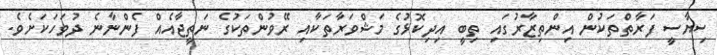
ސިޔާސީ ފަރާތްތަކުން އިންތިޒާރުގައި ތިބީ އިދިކޮޅުގެ މަޝްވަރާތަކާއި ރޭވުންތަކުގެ ނަތީޖާއެއް ފެންނާނެ ދުވަހަކަށެވެ.